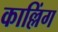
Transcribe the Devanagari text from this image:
काल्लिंग